Indian journal of veterinary science and animal husbandry - Volumes 24-25, 1954-1955
Year: 1954
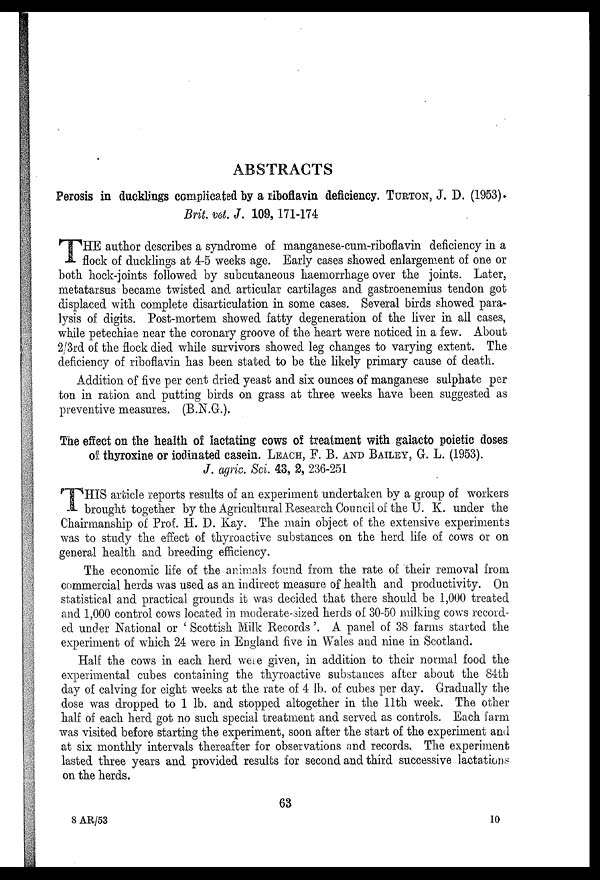
ABSTRACTS
Perosis in ducklings complicated by a riboflavin deficiency. TURTON, J. D. (1953).
Brit. vet. J. 109, 171-174
T HE author describes a syndrome of manganese-cum-riboflavin deficiency in a
flock of ducklings at 4-5 weeks age. Early cases showed enlargement of one or
both hock-joints followed by subcutaneous haemorrhage over the joints. Later,
metatarsus became twisted and articular cartilages and gastroenemius tendon got
displaced with complete disarticulation in some cases. Several birds showed para-
lysis of digits. Post-mortem showed fatty degeneration of the liver in all cases,
while petechiae near the coronary groove of the heart were noticed in a few. About
2/3rd of the flock died while survivors showed leg changes to varying extent. The
deficiency of riboflavin has been stated to be the likely primary cause of death.
Addition of five per cent dried yeast and six ounces of manganese sulphate per
ton in ration and putting birds on grass at three weeks have been suggested as
preventive measures. (B.N.G.).
The effect on the health of lactating cows of treatment with galacto poietic doses
of thyroxine or iodinated casein. LEACH, F. B. AND BAILEY, G. L. (1953).
J. agric. Sci. 43, 2, 236-251
T HIS article reports results of an experiment undertaken by a group of workers
brought together by the Agricultural Research Council of the U. K. under the
Chairmanship of Prof. H. D. Kay. The main object of the extensive experiments
was to study the effect of thyroactive substances on the herd life of cows or on
general health and breeding efficiency.
The economic life of the animals found from the rate of their removal from
commercial herds was used as an indirect measure of health and productivity. On
statistical and practical grounds it was decided that there should be 1,000 treated
and 1,000 control cows located in moderate-sized herds of 30-50 milking cows record-
ed under National or ' Scottish Milk Records'. A panel of 38 farms started the
experiment of which 24 were in England five in Wales and nine in Scotland.
Half the cows in each herd were given, in addition to their normal food the
experimental cubes containing the thyroactive substances after about the 84th
day of calving for eight weeks at the rate of 4 lb. of cubes per day. Gradually the
dose was dropped to 1 lb. and stopped altogether in the 11th week. The other
half of each herd got no such special treatment and served as controls. Each farm
was visited before starting the experiment, soon after the start of the experiment and
at six monthly intervals thereafter for observations and records. The experiment
lasted three years and provided results for second and third successive lactations
on the herds.
63
8 AR/53
10